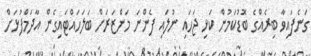
ގަނެފައިވާ ބިރެއްގެ ބޮޑުކަމުން ކަޅި ޖަހައި ނުލައި ފެންނަ މަންޒަރަށް ބަލަހައްޓައިގެން އާދަމްފުޅަށް